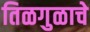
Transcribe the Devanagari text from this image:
तिळगुळाचे